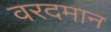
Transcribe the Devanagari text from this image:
वरदमान